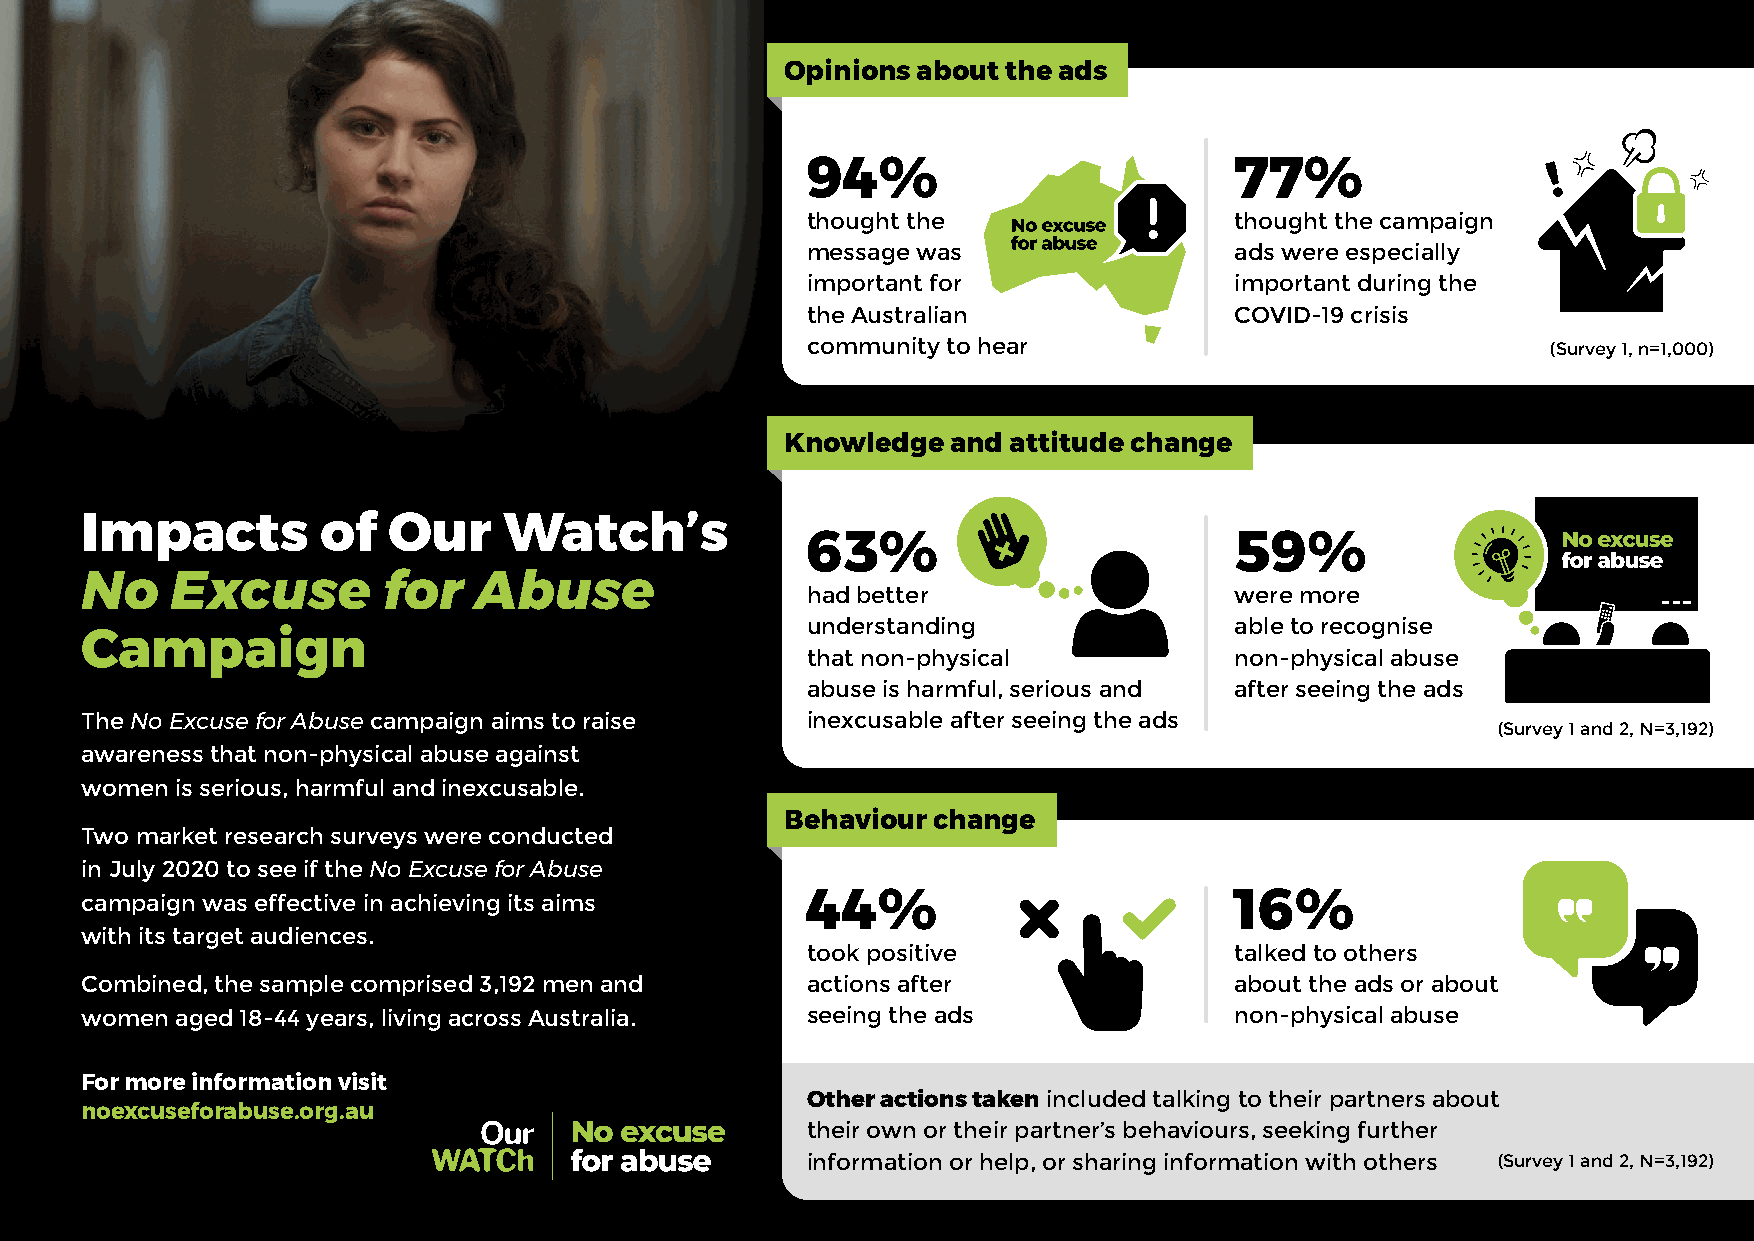
Opinions about the ads
 94%                          77%
 thought the                  thought the campaign
 message was                  ads were especially
 important for                important during the
 the Australian               COVID-19 crisis
 community to hear                                 (Survey 1, n=1,000)
 Knowledge  and attitude change
 Impacts         of   Our    Watch’s
 63%                          59%
 No    Excuse        for   Abuse                 had better                   were more
 understanding                able to recognise
 Campaign
 that non-physical            non-physical abuse
 abuse is harmful, serious and after seeing the ads
 The No Excuse for Abuse campaign aims to raise  inexcusable after seeing the ads
 (Survey 1 and 2, N=3,192)
 awareness that non-physical abuse against
 women  is serious, harmful and inexcusable.
 Behaviour change
 Two market research surveys were conducted
 in July 2020 to see if the No Excuse for Abuse
 campaign was effective in achieving its aims    44%                          16%
 with its target audiences.
 took positive                talked to others
 Combined, the sample comprised 3,192 men and    actions after                about the ads or about
 women  aged 18-44 years, living across Australia. seeing the ads             non-physical abuse
 For more information visit
 Other actions taken included talking to their partners about
 noexcuseforabuse.org.au
 their own or their partner’s behaviours, seeking further
 information or help, or sharing information with others (Survey 1 and 2, N=3,192)